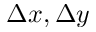
\Delta x , \Delta y